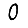
Digit: 0